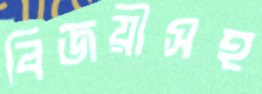
বিজয়ীসহ